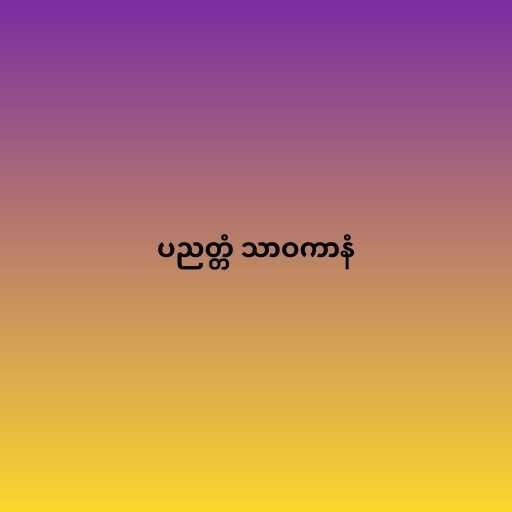
ပညတ္တံ သာဝကာနံ